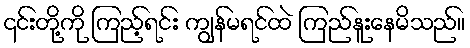
၎င်းတို့ကို ကြည့်ရင်း ကျွန်မရင်ထဲ ကြည်နူးနေမိသည်။